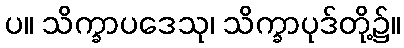
ပ။ သိက္ခာပဒေသု၊ သိက္ခာပုဒ်တို့၌။